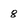
Character: 8